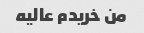
من خریدم عالیه